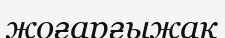
жоғарғыжақ